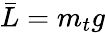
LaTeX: \bar{L}=m_{t}g